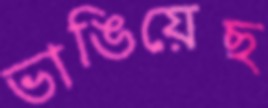
ভাঙিয়েছ